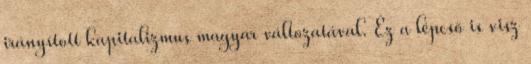
irányított kapitalizmus magyar változatával. Ez a lépcső is visz